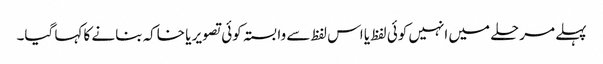
پہلے مرحلے میں انہیں کوئی لفظ یا اس لفظ سے وابستہ کوئی تصویر یا خاکہ بنانے کا کہا گیا۔